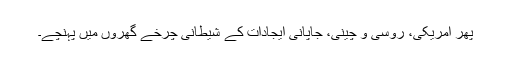
پھر امریکی، روسی و چینی، جاپانی ایجادات کے شیطانی چرخے گھروں میں پہنچے۔